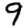
Digit: 9